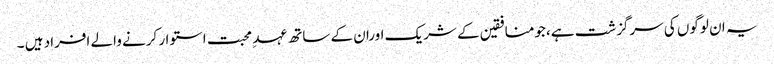
یہ ان لوگوں کی سرگزشت ہے ،جومنافقین کے شریک اوران کے ساتھ عہد ِ محبت استوار کرنے والے افراد ہیں ۔